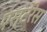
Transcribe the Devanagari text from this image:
एस्टेरेस